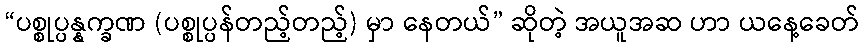
“ပစ္စုပ္ပန္နက္ခဏ (ပစ္စုပ္ပန်တည့်တည့်) မှာ နေတယ်” ဆိုတဲ့ အယူအဆ ဟာ ယနေ့ခေတ်